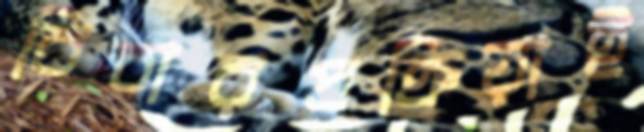
বিচারপ্রক্রিয়াই